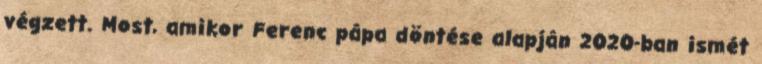
végzett. Most, amikor Ferenc pápa döntése alapján 2020-ban ismét